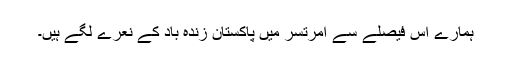
ہمارے اس فیصلے سے امرتسر میں پاکستان زندہ باد کے نعرے لگے ہیں۔